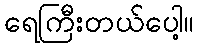
ရေကြီးတယ်ပေါ့။